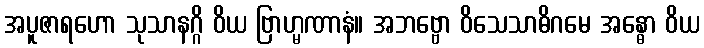
အပူဇာရဟော သုသာနဂ္ဂိ ဝိယ ဗြာဟ္မဏာနံ။ အဘဗ္ဗော ဝိသေသာဓိဂမေ အန္ဓော ဝိယ